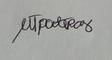
Signature authenticity: genuine